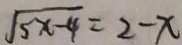
\sqrt { 5 x - 4 } = 2 - x